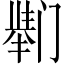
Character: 𫔸